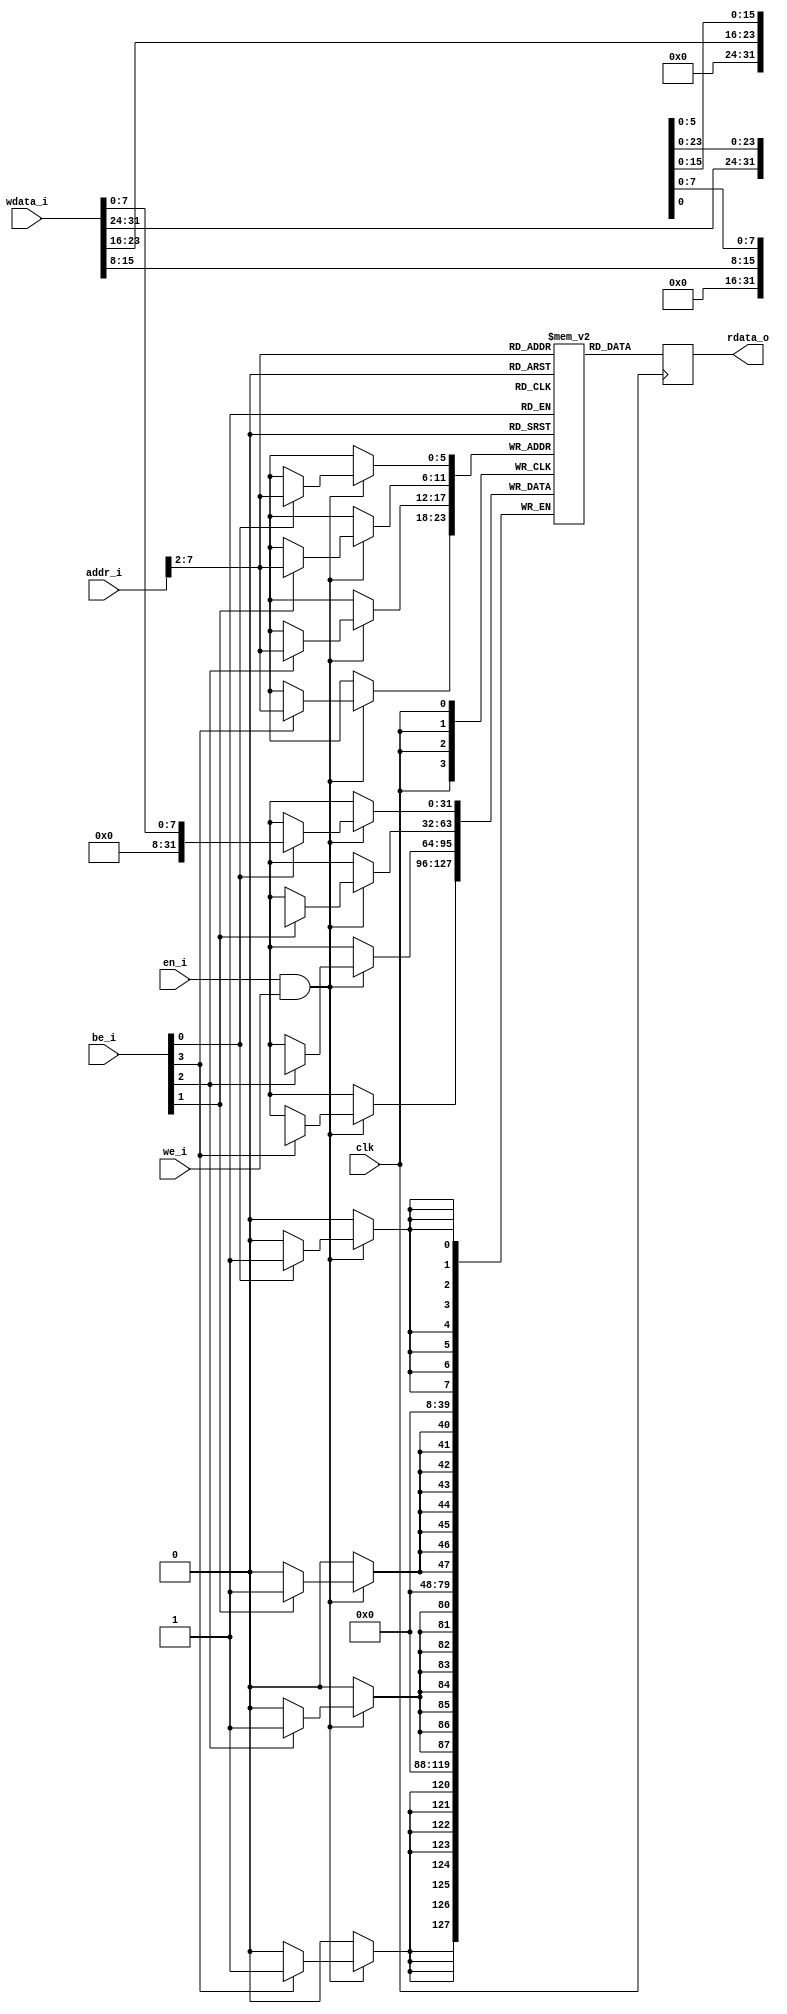
module sp_ram 
#(
    parameter ADDR_WIDTH = 8,
    parameter DATA_WIDTH = 32,
    parameter NUM_WORDS  = 256
  )
(
	clk,
	en_i,
	addr_i,
	wdata_i,
	rdata_o,
	we_i,
	be_i
);
	//parameter ADDR_WIDTH = 8;
	//parameter DATA_WIDTH = 32;
	//parameter NUM_WORDS = 256;
	input wire clk;
	input wire en_i;
	input wire [ADDR_WIDTH - 1:0] addr_i;
	input wire [DATA_WIDTH - 1:0] wdata_i;
	output reg [DATA_WIDTH - 1:0] rdata_o;
	input wire we_i;
	input wire [(DATA_WIDTH / 8) - 1:0] be_i;
	localparam words = NUM_WORDS / (DATA_WIDTH / 8);
	reg [((DATA_WIDTH / 8) * 8) - 1:0] mem [0:words - 1];
	wire [((DATA_WIDTH / 8) * 8) - 1:0] wdata;
	wire [(ADDR_WIDTH - 1) - $clog2(DATA_WIDTH / 8):0] addr;
	integer i;
	assign addr = addr_i[ADDR_WIDTH - 1:$clog2(DATA_WIDTH / 8)];
	always @(posedge clk) begin
		if (en_i && we_i)
			for (i = 0; i < (DATA_WIDTH / 8); i = i + 1)
				if (be_i[i])
					mem[addr][i * 8+:8] <= wdata[i * 8+:8];
		rdata_o <= mem[addr];
	end
	genvar w;
	generate
		for (w = 0; w < (DATA_WIDTH / 8); w = w + 1) begin : genblk1
			assign wdata[w * 8+:8] = wdata_i[((w + 1) * 8) - 1:w * 8];
		end
	endgenerate
endmodule